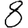
Digit: 8